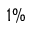
1 \%